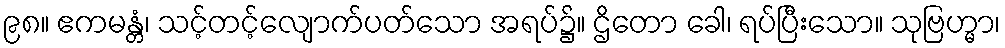
၉၈။ ဧကမန္တံ၊ သင့်တင့်လျောက်ပတ်သော အရပ်၌။ ဌိတော ခေါ၊ ရပ်ပြီးသော။ သုဗြဟ္မာ၊